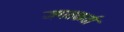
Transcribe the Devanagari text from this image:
जगतकर्ता